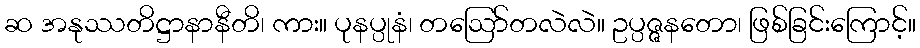
ဆ အနုဿတိဋ္ဌာနာနီတိ၊ ကား။ ပုနပ္ပုနံ၊ တဩော်တလဲလဲ။ ဥပ္ပဇ္ဇနတော၊ ဖြစ်ခြင်းကြောင့်။